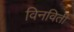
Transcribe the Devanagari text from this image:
विनविती